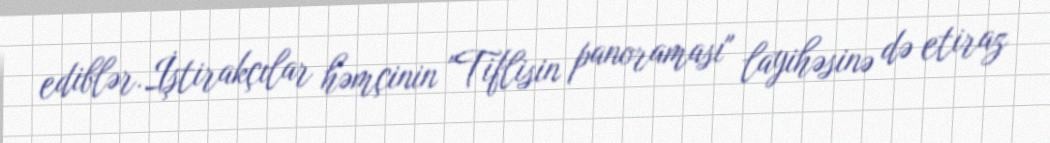
ediblər.İştirakçılar həmçinin "Tiflisin panoraması" layihəsinə də etiraz